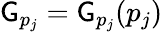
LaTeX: \mathsf{G}_{p_{j}}=\mathsf{G}_{p_{j}}(p_{j})